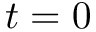
t = 0